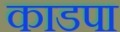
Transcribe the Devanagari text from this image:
काडपा